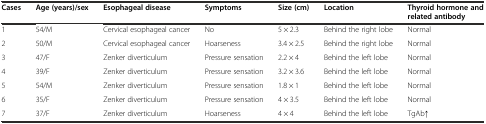
| Cases | Age (years)/sex | Esophageal disease | Symptoms | Size (cm) | Location | Thyroid hormone and related antibody |
 | --- | --- | --- | --- | --- | --- | --- |
 | 1 | 54/M | Cervical esophageal cancer | No | 5 × 2.3 | Behind the right lobe | Normal |
 | 2 | 50/M | Cervical esophageal cancer | Hoarseness | 3.4 × 2.5 | Behind the right lobe | Normal |
 | 3 | 47/F | Zenker diverticulum | Pressure sensation | 2.2 × 4 | Behind the left lobe | Normal |
 | 4 | 39/F | Zenker diverticulum | Pressure sensation | 3.2 × 3.6 | Behind the left lobe | Normal |
 | 5 | 54/M | Zenker diverticulum | Pressure sensation | 1.8 × 1 | Behind the left lobe | Normal |
 | 6 | 35/F | Zenker diverticulum | Pressure sensation | 4 × 3.5 | Behind the left lobe | Normal |
 | 7 | 37/F | Zenker diverticulum | Hoarseness | 4 × 4 | Behind the left lobe | TgAb↑ |